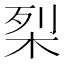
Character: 𭩶